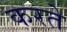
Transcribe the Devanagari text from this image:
करते